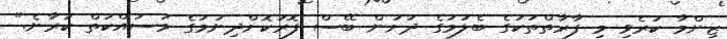
ޒިންމާ ކުރެވި މި ފާރާތްތަކުގެ ބެލުމުގެ ދަށުން ބޭސް ފޮރުކޮށްދިނުމުގެ މަސައްކަތް ކުރާނެ."